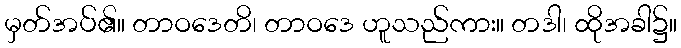
မှတ်အပ်၏။ တာဝဒေတိ၊ တာဝဒေ ဟူသည်ကား။ တဒါ၊ ထိုအခါ၌။